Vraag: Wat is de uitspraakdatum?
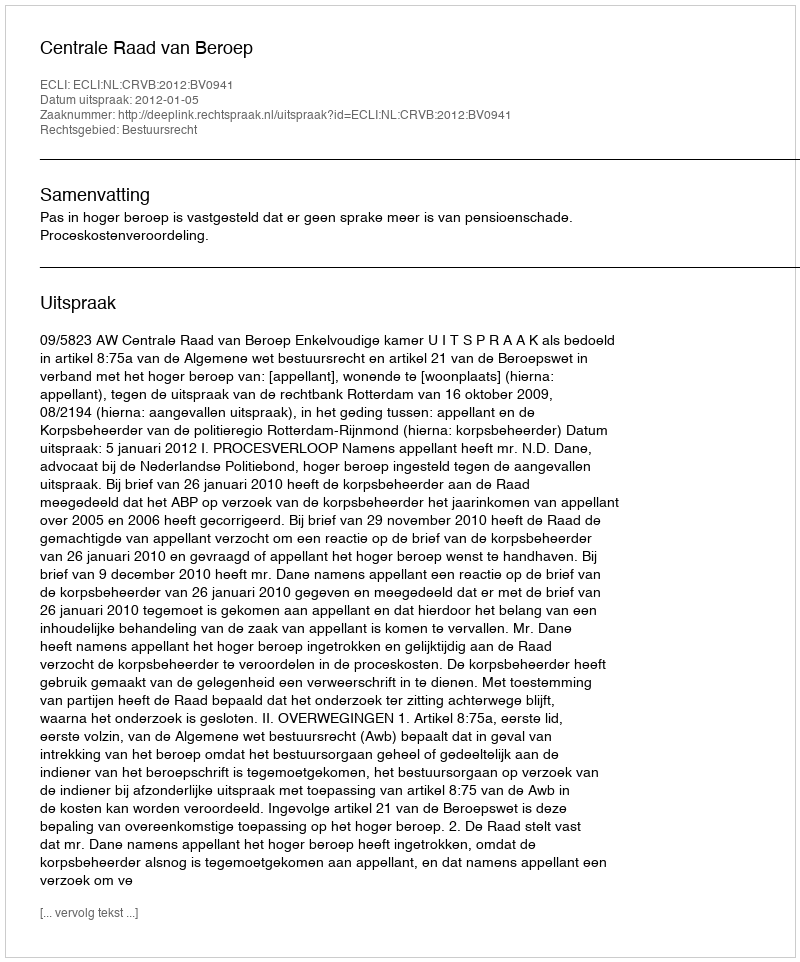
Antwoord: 2012-01-05